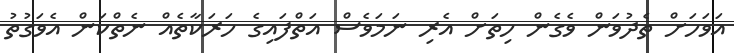
އަވަހަށް ތެދުވަން ވެގެން ހިތަށް އެރި ނަމަވެސް އަތްފައިގެ ހަރަކާތެއް ނެތްކަން އެވަގުތު